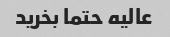
عالیه حتما بخرید